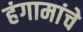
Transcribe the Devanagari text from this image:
हंगामांचे